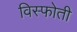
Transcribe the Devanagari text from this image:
विस्फोती